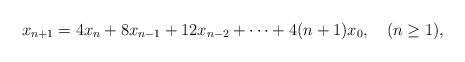
\begin{align*}x_{n+1}= 4x_n+ 8 x_{n-1}+12x_{n-2}+\cdots+ 4(n+1)x_0,\quad(n\geq 1),\end{align*}